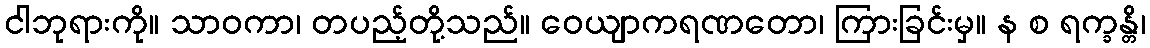
ငါဘုရားကို။ သာဝကာ၊ တပည့်တို့သည်။ ဝေယျာကရဏတော၊ ကြားခြင်းမှ။ န စ ရက္ခန္တိ၊